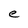
Character: e